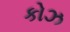
કોઝ